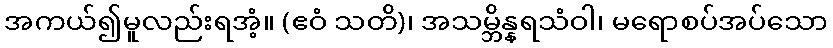
အကယ်၍မူလည်းရအံ့။ (ဧဝံ သတိ)၊ အသမ္ဘိန္နရသံဝါ၊ မရောစပ်အပ်သော